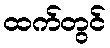
ထက်တွင်